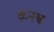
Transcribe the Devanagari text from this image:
व्रघ्नश्व